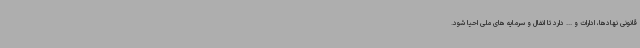
قانونی نهادها، ادارات و ... دارد تا انفال و سرمایه های ملی احیا شود.